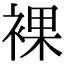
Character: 裸